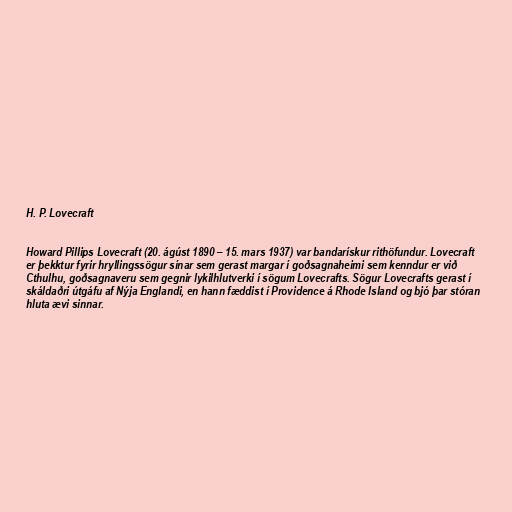
H. P. Lovecraft

Howard Pillips Lovecraft (20. ágúst 1890 – 15. mars 1937) var bandarískur rithöfundur. Lovecraft
er þekktur fyrir hryllingssögur sínar sem gerast margar í goðsagnaheimi sem kenndur er við
Cthulhu, goðsagnaveru sem gegnir lykilhlutverki í sögum Lovecrafts. Sögur Lovecrafts gerast í
skáldaðri útgáfu af Nýja Englandi, en hann fæddist í Providence á Rhode Island og bjó þar stóran
hluta ævi sinnar.